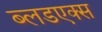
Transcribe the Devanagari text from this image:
ब्लडएक्स